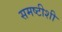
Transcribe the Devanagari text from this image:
समष्टीशी